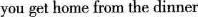
you get home from the dinner